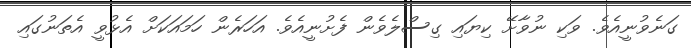
ގަނެވުނީއެވެ. ވަކި ނުވާށޭ ކިޔައި ގިސްލެވެން ފެށުނީއެވެ. އަހަރެން ހަމައަކަށް އެޅުވީ އެތަނުގައި